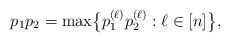
\begin{align*}p_1p_2=\max\bigl\{p_1^{(\ell)}p_2^{(\ell)}:\ell\in [n]\bigr\},\end{align*}